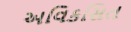
અવિકસિત